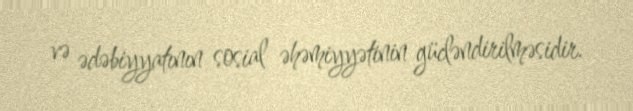
və ədəbiyyatının sosial əhəmiyyətinin gücləndirilməsidir.